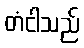
တံငါသည်